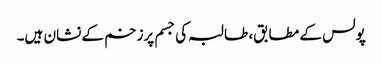
پولس کے مطابق، طالبہ کی جسم پرزخم کے نشان ہیں۔